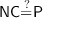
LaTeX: { \mathsf { N C } } { \overset { ? } { = } } { \mathsf { P } }